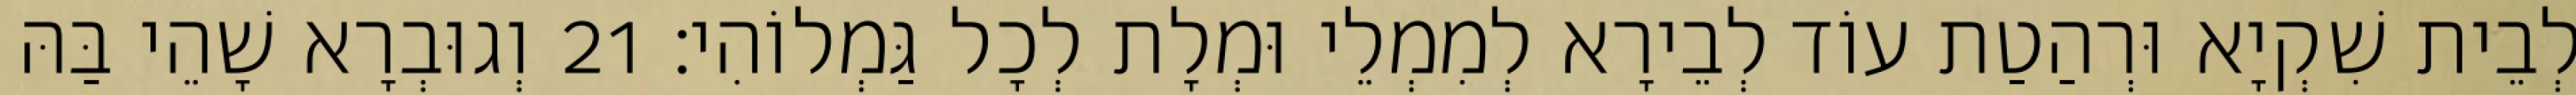
לְבֵית שִׁקְיָא וּרְהַטַת עוֹד לְבֵירָא לְמִמְלֵי וּמְלָת לְכָל גַּמְלוֹהִי׃ 21 וְגוּבְרָא שָׁהֵי בַּהּ